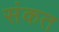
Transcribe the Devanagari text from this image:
संकत